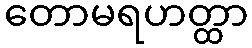
တောမရဟတ္ထာ